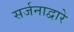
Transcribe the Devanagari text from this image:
सर्जनाद्वारे